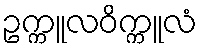
ဥက္ကူလဝိက္ကူလံ